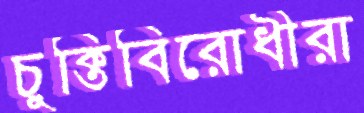
চুক্তিবিরোধীরা